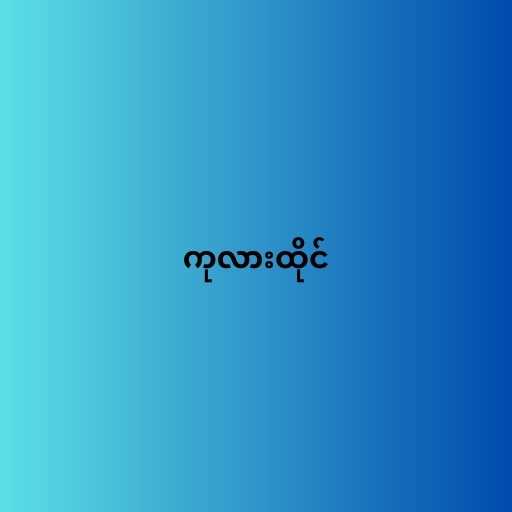
ကုလားထိုင်